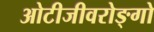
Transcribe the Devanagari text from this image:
ओटीजीवरोङ्गो